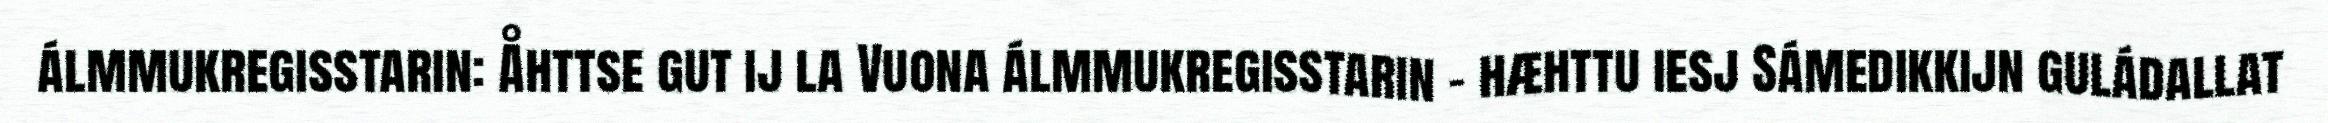
álmmukregisstarin: Åhttse gut ij la Vuona álmmukregisstarin - hæhttu iesj Sámedikkijn guládallat